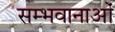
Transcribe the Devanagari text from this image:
सम्भवानाओं